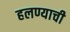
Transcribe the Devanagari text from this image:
हलण्याची